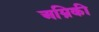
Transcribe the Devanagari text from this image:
अम्रिकी